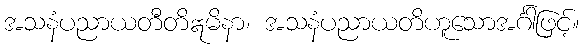
အသနံပညာယတီတိဣမိနာ၊ အသနံပညာယတိဟူသောအင်္ဂါဖြင့်။